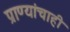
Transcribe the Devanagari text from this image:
प्राण्यांचाही